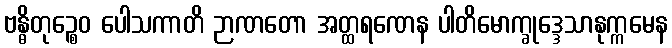
ဗန္ဓိတုဉ္စေဝ ပေါသကာတိ ဉာဏတော အတ္ထရဏေန ပါတိမောက္ခုဒ္ဒေသာနုက္ကမေန